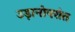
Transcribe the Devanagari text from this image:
उड़ानोपरांत